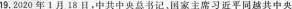
19.2020年1月18日，中中央总书记。国家主席习近平同越共中央，今世界正面临百年未有之大变局，中越关系也步人承前后的关键时期。中越双方就新形势下巩固两国睦邻友好，深化互利边上新台；推动新时期中越全面战略合作伙伴关系不断①中越双方睦邻友好符合中越两国人民的根本利益我国行独立目主的和平外交得社会的普追认同④世界正处于大发展大变革时期，和平与发展仍是时代主题A.①g B④